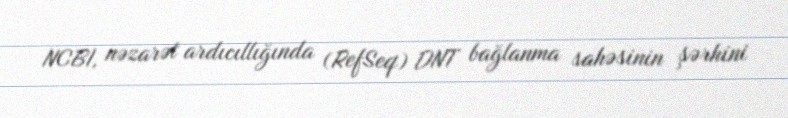
NCBI, nəzarət ardıcıllığında (RefSeq) DNT bağlanma sahəsinin şərhini